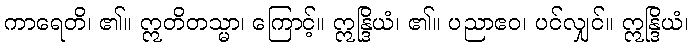
ကာရေတိ၊ ၏။ ဣတိတသ္မာ၊ ကြောင့်။ ဣန္ဒြိယံ၊ ၏။ ပညာဧဝ၊ ပင်လျှင်။ ဣန္ဒြိယံ၊